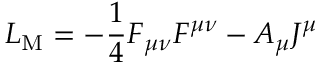
{ \cal L } _ { \mathrm { M } } = - \frac { 1 } { 4 } F _ { \mu \nu } F ^ { \mu \nu } - A _ { \mu } J ^ { \mu }